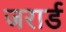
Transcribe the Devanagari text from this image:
जरार्ड